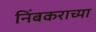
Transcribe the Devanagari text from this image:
निंबकराच्या